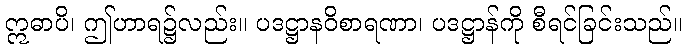
ဣဓာပိ၊ ဤဟာရ၌လည်း။ ပဒဋ္ဌာနဝိစာရဏာ၊ ပဒဋ္ဌာန်ကို စီရင်ခြင်းသည်။